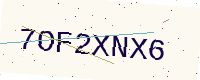
Text: 7OF2XNX6